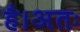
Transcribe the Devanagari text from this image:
है।अतः